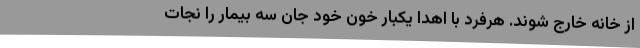
از خانه خارج شوند. هرفرد با اهدا یکبار خون خود جان سه بیمار را نجات